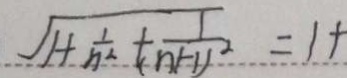
\sqrt { 1 + \frac { 1 } { n ^ { 2 } } + \frac { 1 } { ( n + 1 ) ^ { 2 } } } = 1 +